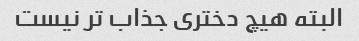
البته هیچ دختری جذاب تر نیست